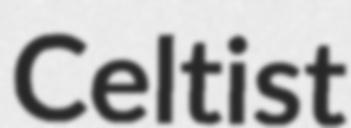
Celtist